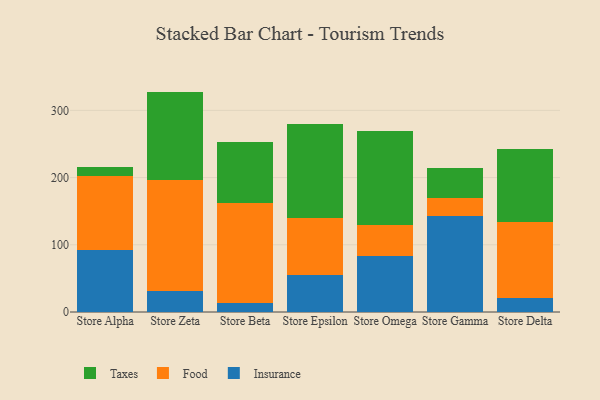
{"axis": {"x": "Store", "y": "Budget (USD K)"}, "legend": ["Food", "Insurance", "Taxes"], "data": [{"x": "Store Alpha", "y": 92.0, "type": "Insurance"}, {"x": "Store Alpha", "y": 110.7, "type": "Food"}, {"x": "Store Alpha", "y": 13.4, "type": "Taxes"}, {"x": "Store Zeta", "y": 31.3, "type": "Insurance"}, {"x": "Store Zeta", "y": 164.5, "type": "Food"}, {"x": "Store Zeta", "y": 132.1, "type": "Taxes"}, {"x": "Store Beta", "y": 13.3, "type": "Insurance"}, {"x": "Store Beta", "y": 149.2, "type": "Food"}, {"x": "Store Beta", "y": 90.3, "type": "Taxes"}, {"x": "Store Epsilon", "y": 55.2, "type": "Insurance"}, {"x": "Store Epsilon", "y": 84.1, "type": "Food"}, {"x": "Store Epsilon", "y": 140.9, "type": "Taxes"}, {"x": "Store Omega", "y": 82.7, "type": "Insurance"}, {"x": "Store Omega", "y": 47.4, "type": "Food"}, {"x": "Store Omega", "y": 139.5, "type": "Taxes"}, {"x": "Store Gamma", "y": 143.1, "type": "Insurance"}, {"x": "Store Gamma", "y": 26.6, "type": "Food"}, {"x": "Store Gamma", "y": 44.3, "type": "Taxes"}, {"x": "Store Delta", "y": 21.2, "type": "Insurance"}, {"x": "Store Delta", "y": 112.4, "type": "Food"}, {"x": "Store Delta", "y": 109.5, "type": "Taxes"}]}